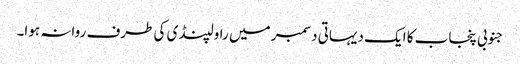
جنوبی پنجاب کا ایک دیہاتی دسمبر میں راولپنڈی کی طرف روانہ ہوا۔